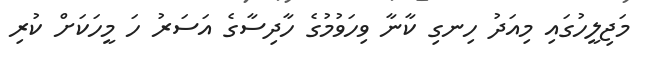
މަޖިލީހުގައި މިއަދު ހިނގި ކާނާ ވިހަވުމުގެ ހާދިސާގެ އަސަރު ހަ މީހަކަށް ކުރި